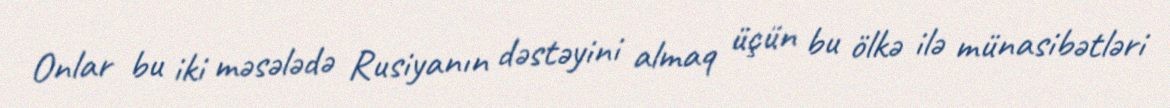
Onlar bu iki məsələdə Rusiyanın dəstəyini almaq üçün bu ölkə ilə münasibətləri